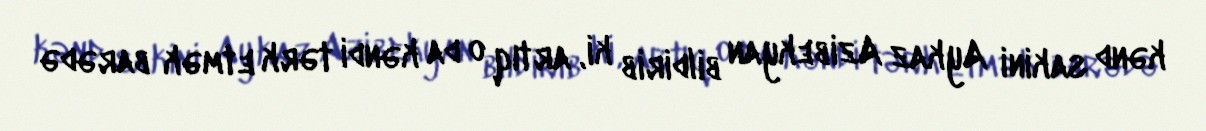
kənd sakini Aykaz Azibekyan bildirib ki, artıq o da kəndi tərk etmək barədə